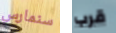
سنمارس قرب